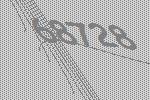
68728